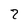
Character: 2